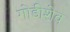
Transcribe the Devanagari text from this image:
गोडीशेव